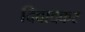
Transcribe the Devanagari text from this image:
दिवादकर